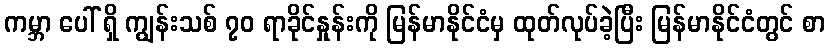
ကမ္ဘာ ပေါ် ရှိ ကျွန်းသစ် ၇၀ ရာခိုင်နှုန်းကို မြန်မာနိုင်ငံမှ ထုတ်လုပ်ခဲ့ပြီး မြန်မာနိုင်ငံတွင် စာ